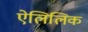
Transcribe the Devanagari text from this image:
ऐलिलिक